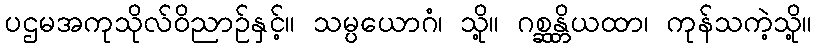
ပဌမအကုသိုလ်ဝိညာဉ်နှင့်။ သမ္ပယောဂံ၊ သို့။ ဂစ္ဆန္တိယထာ၊ ကုန်သကဲ့သို့။